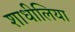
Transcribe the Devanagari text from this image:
शाधीलिया